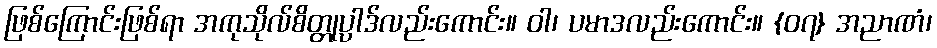
ဖြစ်ကြောင်းဖြစ်ရာ အကုသိုလ်စိတ္တုပ္ပာဒ်လည်းကောင်း။ ဝါ၊ ပမာဒလည်းကောင်း။ {၀၇} အညာဏံ၊